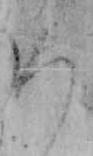
ろ